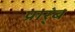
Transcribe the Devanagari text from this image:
प्रार्ंब